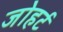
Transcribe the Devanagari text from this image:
जोहर्ट